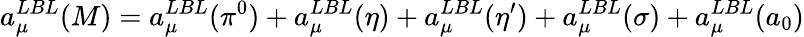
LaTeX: a_{\mu}^{LBL}(M)=a_{\mu}^{LBL}(\pi^{0})+a_{\mu}^{LBL}(\eta)+a_{\mu}^{LBL}(\eta^{\prime})+a_{\mu}^{LBL}(\sigma)+a_{\mu}^{LBL}(a_{0})